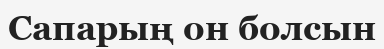
Сапарың он болсын